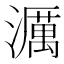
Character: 濿